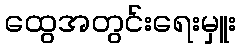
ထွေအတွင်းရေးမှူး